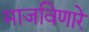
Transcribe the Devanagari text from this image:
माजविणारे